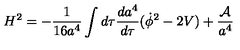
H ^ { 2 } = - \frac { 1 } { 1 6 a ^ { 4 } } \int d \tau \frac { d a ^ { 4 } } { d \tau } ( \dot { \phi } ^ { 2 } - 2 V ) + \frac { \cal A } { a ^ { 4 } }